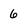
Character: 6